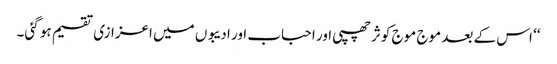
‘‘ اس کے بعد موج موج کوثر چھپی اور احباب اور ادیبوں میں اعزازی تقسیم ہو گئی۔